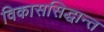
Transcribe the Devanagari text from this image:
विकाससिद्धान्त